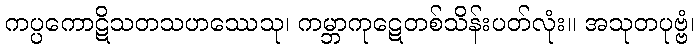
ကပ္ပကောဋိသတသဟဿေသု၊ ကမ္ဘာကုဋေတစ်သိန်းပတ်လုံး။ အသုတပုဗ္ဗံ၊